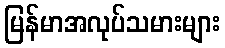
မြန်မာအလုပ်သမားများ